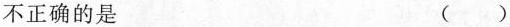
不正确的是 ( )